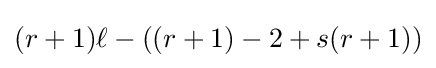
(r+1)\ell -((r+1)-2+s(r+1))